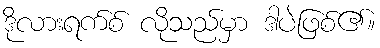
ဒိုလားရက်စ် လိုသည်မှာ ဒါပဲဖြစ်၏။